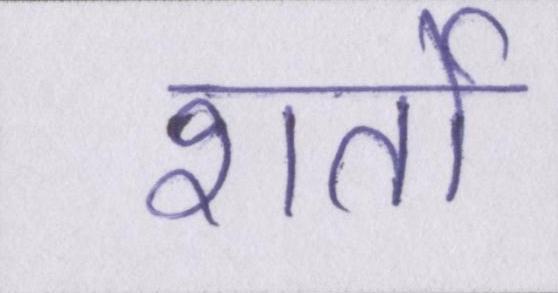
शर्तो